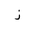
Letter: _zay